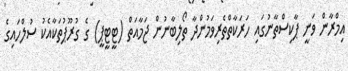
އިމްރާން ވަނީ ޕާކިސްތާނުގައި ހަރަކާތްތެރިވަމުންދާ ތޯލިބާނުން ޖަމާއަތް (ޓީޓީޕީ) ގެ ގުރޫޕުތަކާއެކު ސުލްހައިގެ